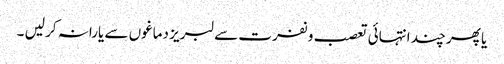
یا پھر چند انتہائی تعصب و نفرت سے لبریز دماغوں سے یارانہ کر لیں ۔